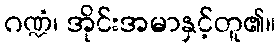
ဂဏ္ဍံ၊ အိုင်းအမာနှင့်တူ၏။